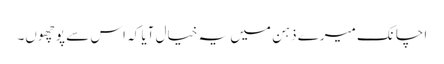
اچانک میرے ذہن میں یہ خیال آیا کہ اس سے پوچھوں۔